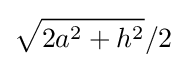
{\sqrt {2a^{2}+h^{2}}}/2